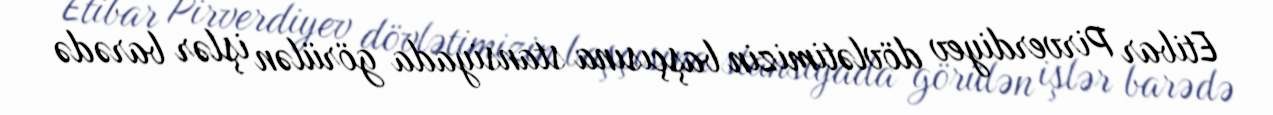
Etibar Pirverdiyev dövlətimizin başçısına stansiyada görülən işlər barədə